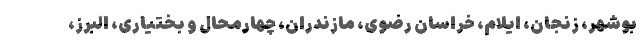
بوشهر، زنجان، ایلام، خراسان رضوی، مازندران، چهارمحال و بختیاری، البرز،